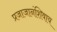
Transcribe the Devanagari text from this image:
प्रजाजानंशिवाय